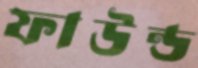
ফাউন্ড